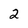
Character: 2